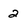
Character: 2